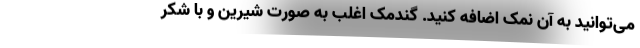
می‌توانید به آن نمک اضافه کنید. گندمک اغلب به صورت شیرین و با شکر